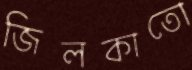
জিলকাতো